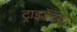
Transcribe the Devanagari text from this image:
ट्राइडेंट्स